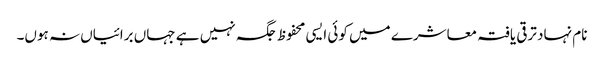
نام نہاد ترقی یافتہ معاشرے میں کوئی ایسی محفوظ جگہ نہیں ہے جہاں برائیاں نہ ہوں۔